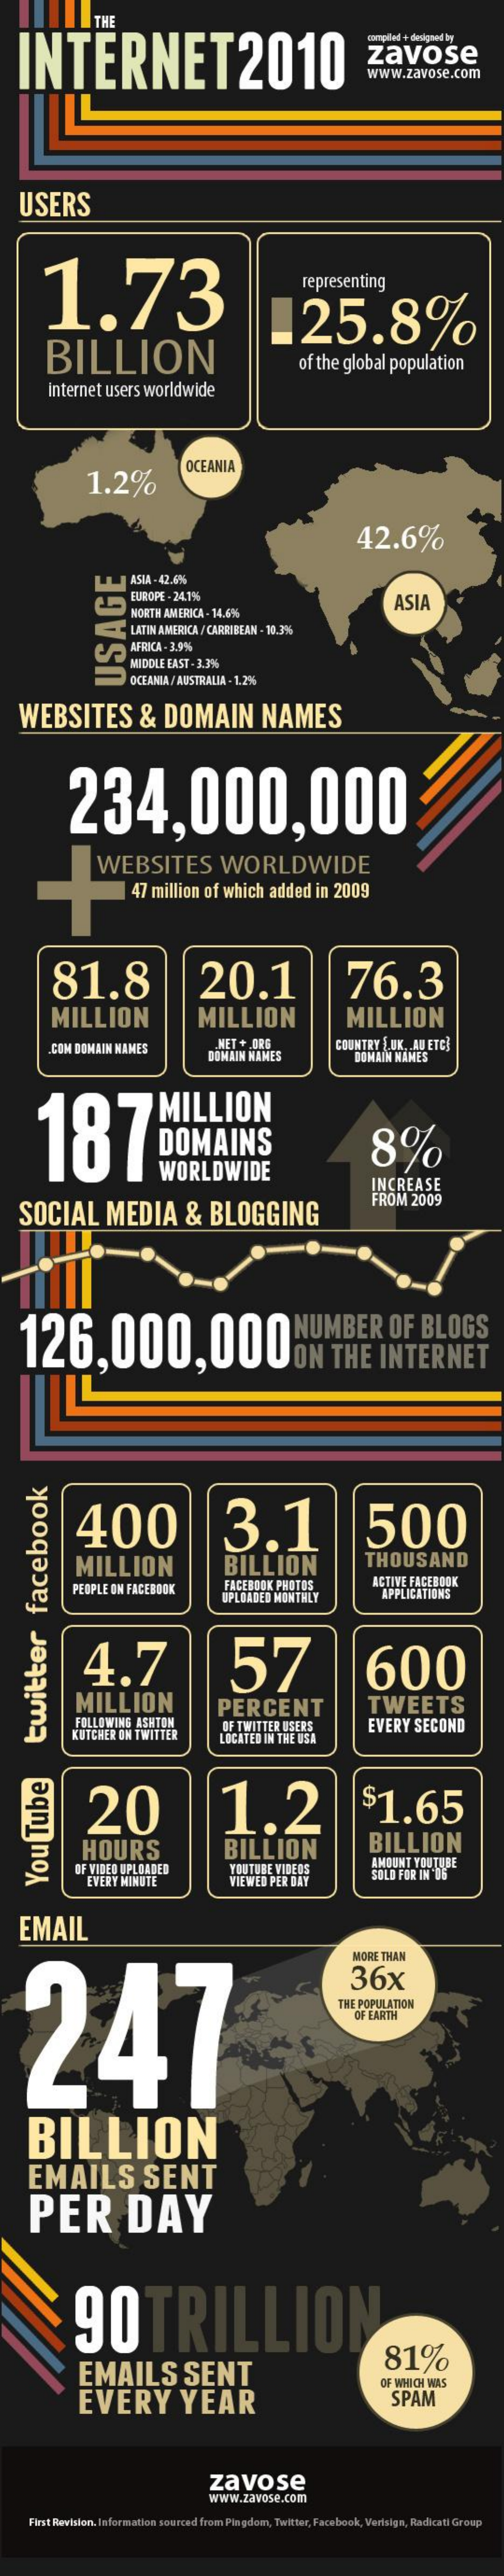
INTERNET2010
     THE
     zavose
     www.zavose.com
   USERS
     1.73
     representing
     25.8%
     BILLION    of the global   population
     internet   users  worldwide
     1.2%
     OCEANIA
     42.6%
     ASIA - 42.6%
     EUROPE . 24.1%
     NORTH AMERICA - 14.6%
     ISIA
     LATIN AMERICA / CARRIBEAN - 10.3%
     AFRICA - 3.9%
     MIDDLE EAST . 3.3%
     OCEANIA / AUSTRALIA - 1.2%
     USAGE
   WEBSITES    &    DOMAIN    NAMES
     234,000,000
     WEBSITES    WORLDWIDE
     47 million  of  which   added   in  2009
     81.8    20.1    76.3
     MILLION    MILLION    MILLION
     COM DOMAIN NAMES    NET + ORG
     DOMAIN  NAMES
     COUNTRY  UK. AU ETC}
     DOMAIN  NAMES
     MILLION
     187    HORAS    8%
     WORLDWIDE
     INCREASE
   SOCIAL    MEDIA    &   BLOGGING
     FROM   2009
    126,000,000ON    THE    INTERNET
     NUMBER    OF   BLOGS
     400    3.1    500
     MILLION    BILLION    THOUSAND
     PEOPLE ON FACEBOOK    FACEBOOK  PHOTOS
     UPLOADED MONTHLY
     ACTIVE FACEBOOK
     APPLICATIONS
     4.7    57    600
     MILLION
     FOLLOWING  ASHTON
     PERCENT    TWEETS
     KUTCHER ON TWITTER    OF TWITTER USERS
     LOCATED IN THE USA
     EVERY   SECOND
     20    1.2    $1.65
     HOURS    BILLION    BILLION
     OF VIDEO UPLOADED    YOUTUBE  VIDEOS    AMOUNT YOUTUBE
     EVERY MINUTE    TIEWED PER DAY    SOLD FOR IN'06 You
    Tube
    twitter
    facebook
   EMAIL
    247
     MORE THAN
     36x
     THE POPULATION
     OF EARTH
     BILLION
     EMAILS    SENT
     PER    DAY
     90TRILLION
     EMAILS    SENT
     81%
     EVERY    YEAR    SPAM
     SIM HDDIHM 40
     zavose
     www.zavose.com
     First Revision. Information sourced from Pingdo, Twitter, Facebook, Verisign, Radicati Group